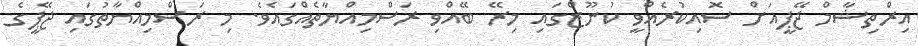
އިރްތިޝާމް ޖޭޕީއަށް ސޮއިކުރެއްވީ ކުނޫޒްގައި މިރޭ ބޭއްވި ރަސްމިއްޔާތެއްގައެވެ. މި ރަސްމިއްޔާތުގައި ޖޭޕީގެ